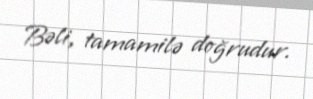
Bəli, tamamilə doğrudur.